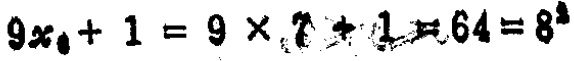
$9x_{0}+1 = 9\times 7 + 1 = 64 = 8^{2}$